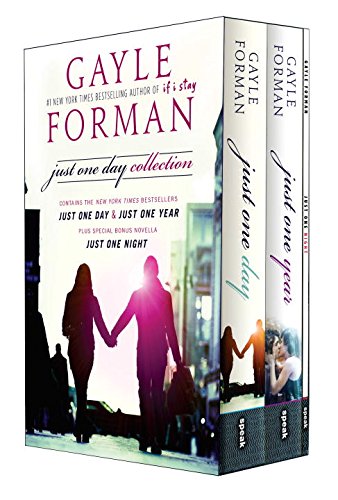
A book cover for Just One Day Collection; Gayle Forman; Teen & Young Adult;